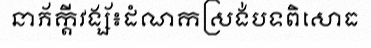
នាភ័ក្តីវង្ស័៖ដំណកស្រង់បទពិសោធ